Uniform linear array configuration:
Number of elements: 64
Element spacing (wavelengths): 0.5
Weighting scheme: hann
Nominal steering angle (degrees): -60
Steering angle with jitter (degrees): -60.217
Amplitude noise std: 0.05
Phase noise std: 0.05

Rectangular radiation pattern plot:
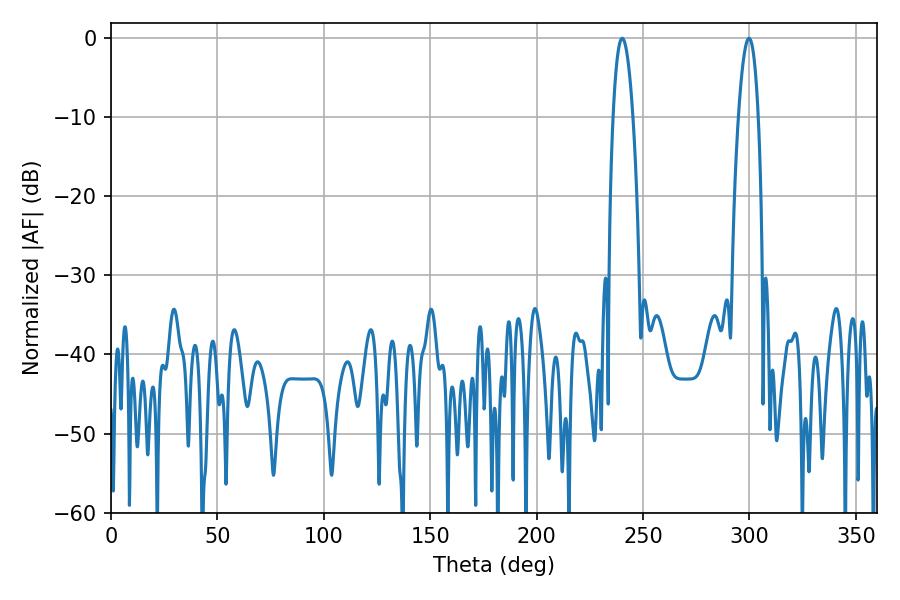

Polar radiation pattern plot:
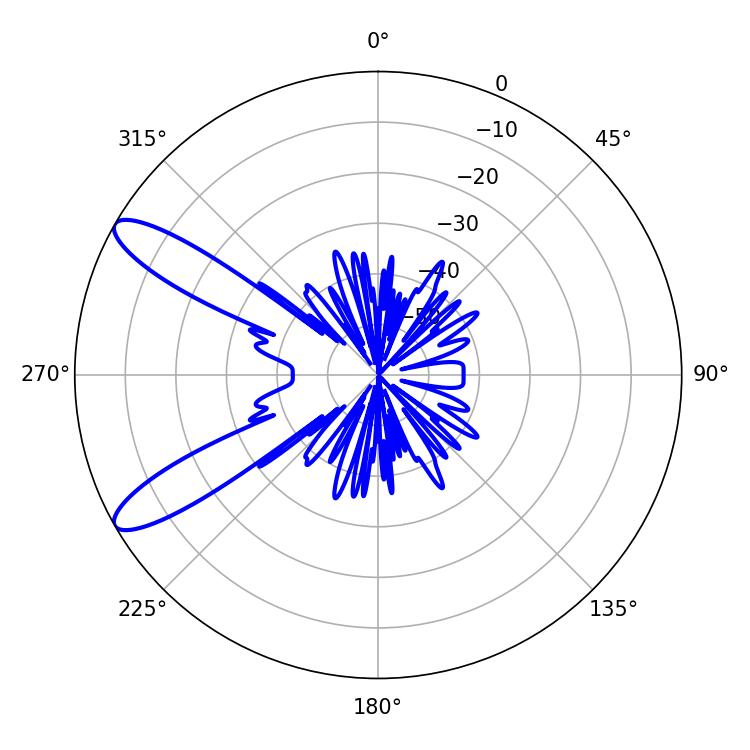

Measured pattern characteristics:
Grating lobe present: FALSE
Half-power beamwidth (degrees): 5.04
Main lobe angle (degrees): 299.7